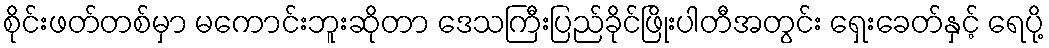
စိုင်းဖတ်တစ်မှာ မကောင်းဘူးဆိုတာ ဒေသကြီးပြည်ခိုင်ဖြိုးပါတီအတွင်း ရှေးခေတ်နှင့် ရေပို့